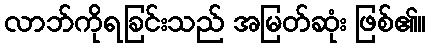
လာဘ်ကိုရခြင်းသည် အမြတ်ဆုံး ဖြစ်၏။